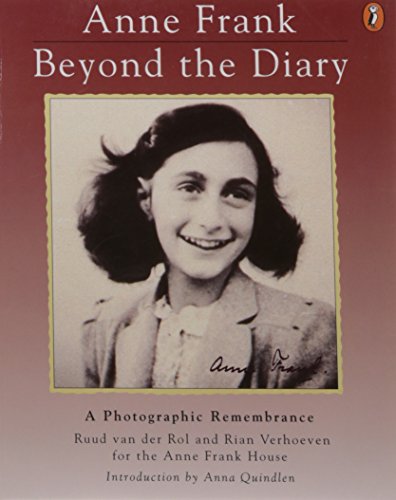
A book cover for Anne Frank: Beyond the Diary - A Photographic Remembrance; Ruud Van der Rol; Children's Books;